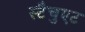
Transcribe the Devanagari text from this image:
स्टैचुएट